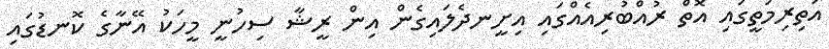
އަތިރިމަތީގައި އޮތް ރުއްބުރިއެއްގައި އިށީނދެލައިގެން އިން ރީޝާ ސިހުނީ މީހަކު އޭނާގެ ކޮނޑުގައި